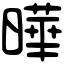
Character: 曄